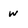
Character: w